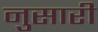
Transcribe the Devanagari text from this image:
नुसारी